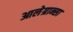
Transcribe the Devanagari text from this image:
आलेग्रान्सा